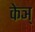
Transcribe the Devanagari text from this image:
केञ्